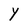
Character: Y